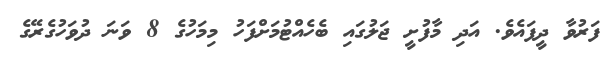
ފަރުވާ ދީފައެވެ. އަދި މާފުށީ ޖަލުގައި ބެހެއްޓުމަށްފަހު މިމަހުގެ 8 ވަނަ ދުވަހުގެރޭގެ